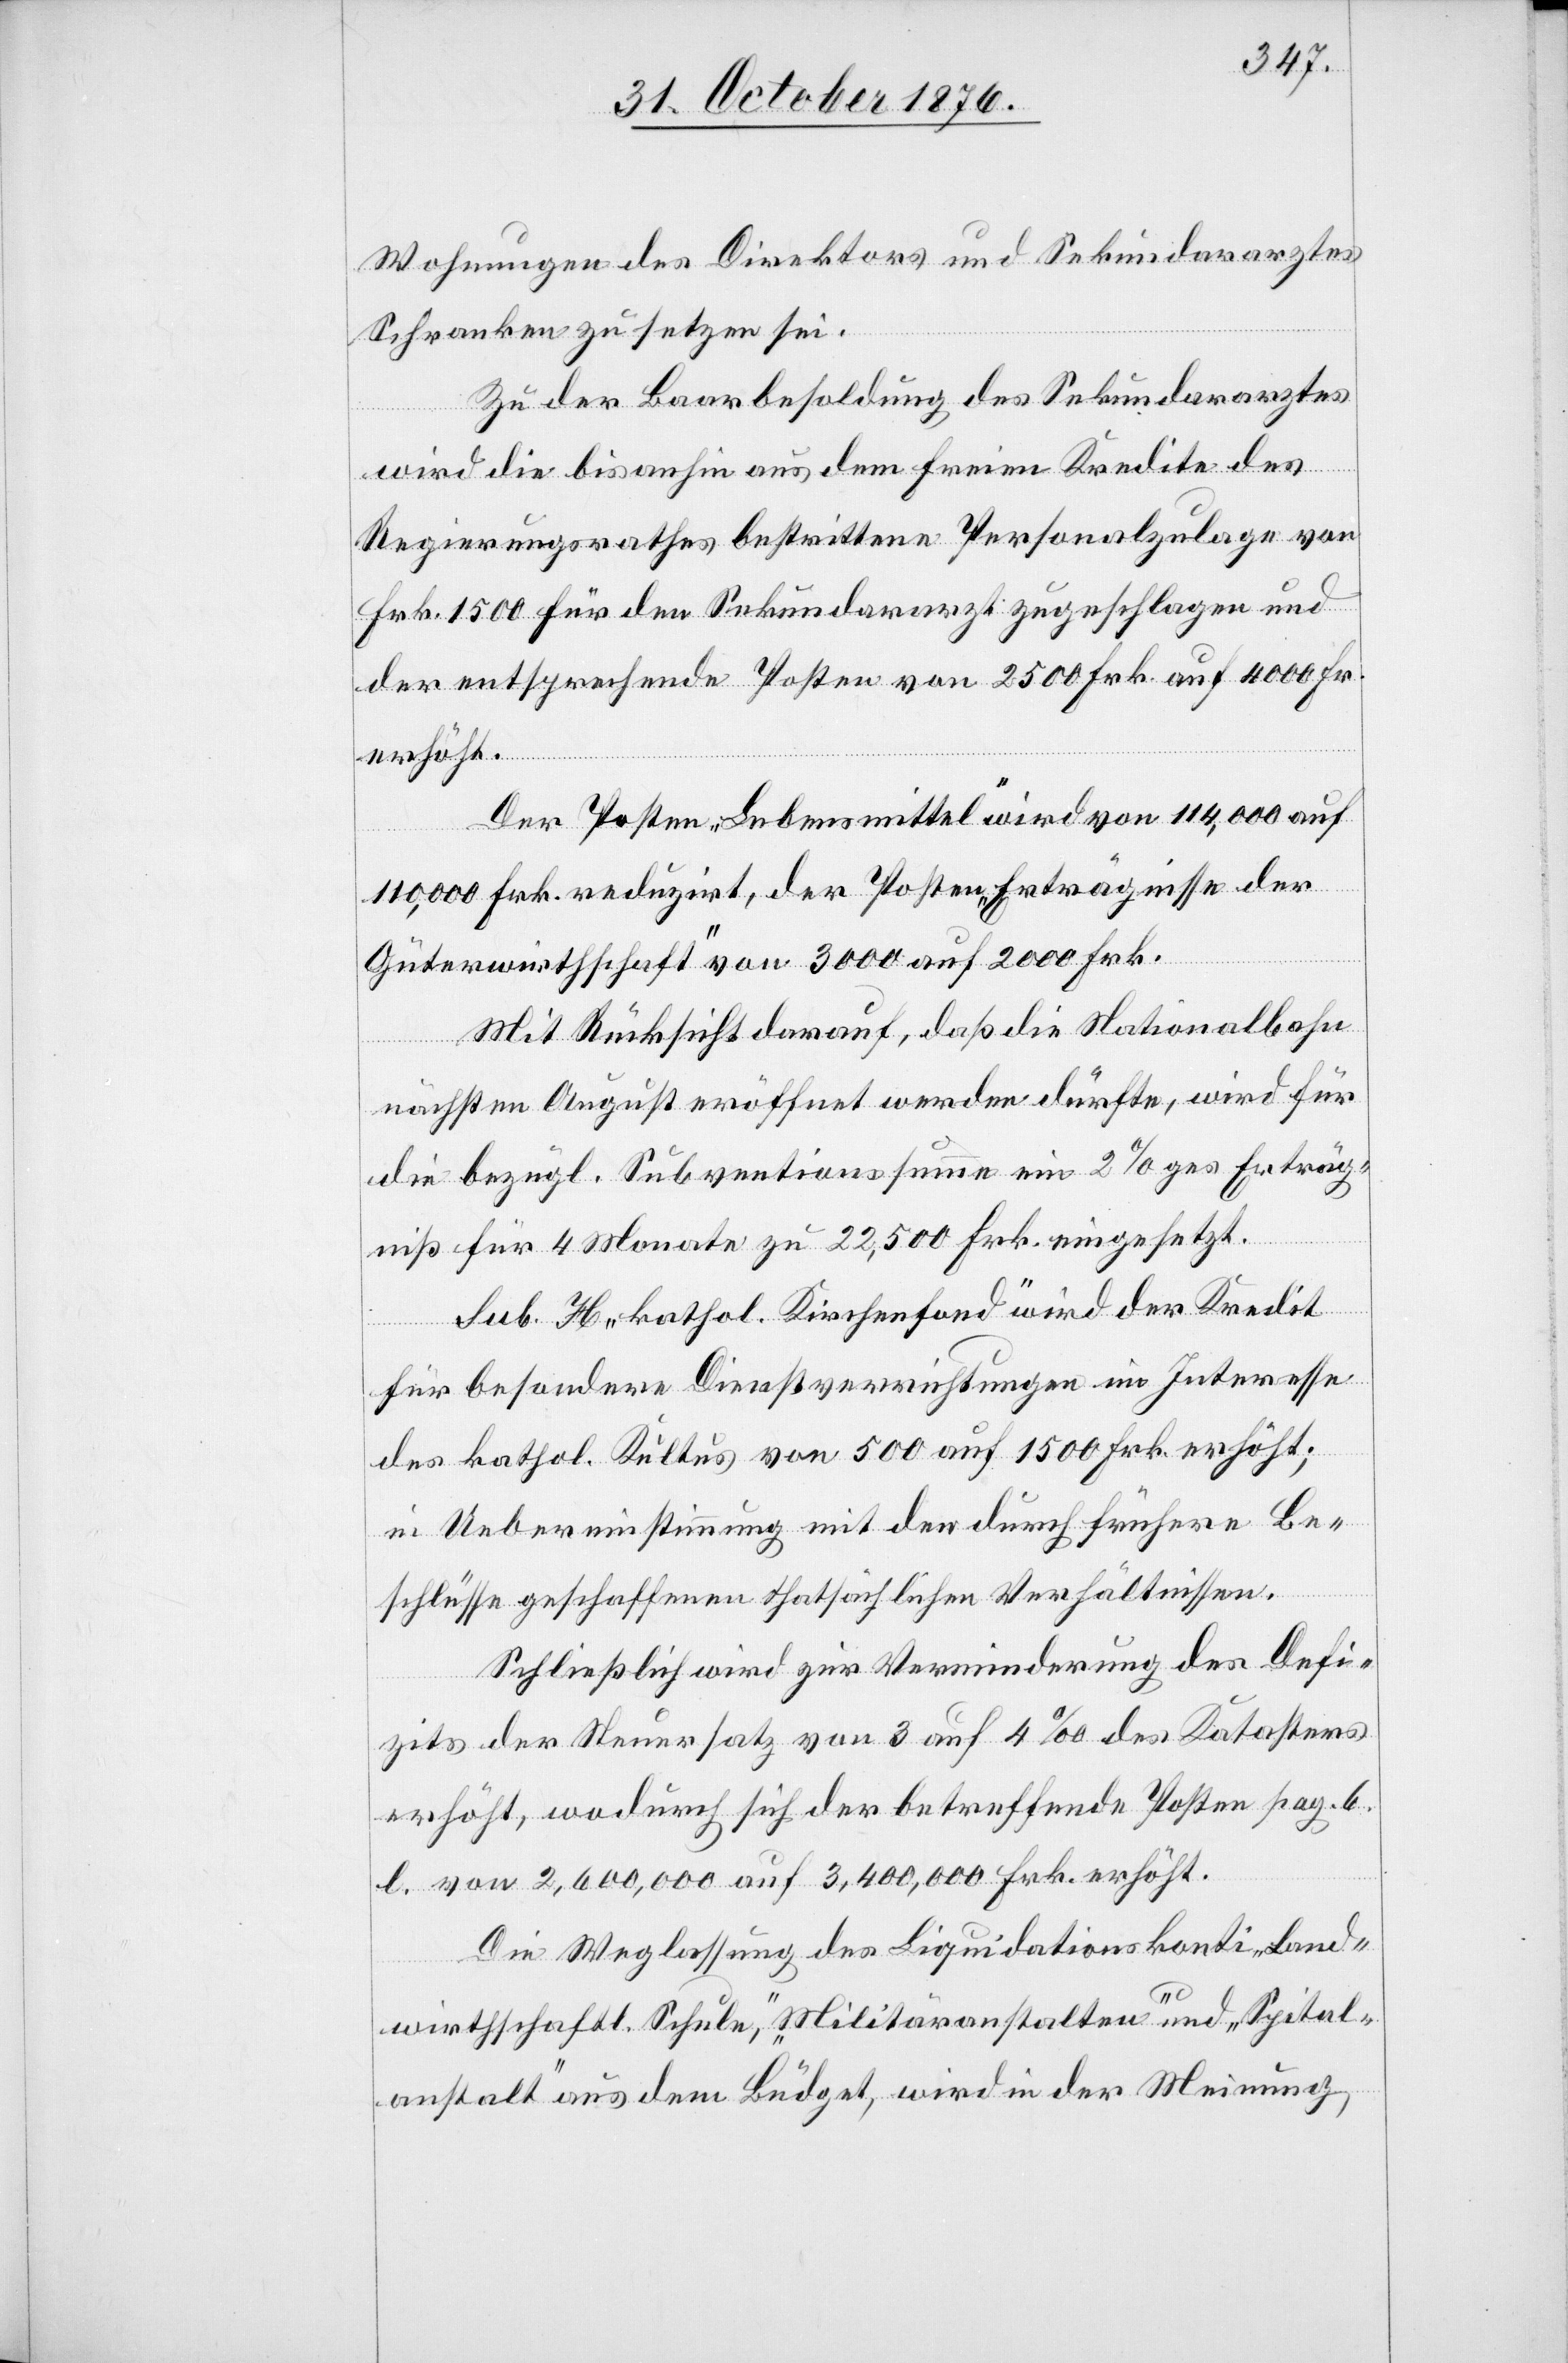
Wohnungen des Direktors und Sekundararztes
Schranken zu setzen sei.
Zu der Baarbesoldung des Sekundararztes
wird die bisanhin aus dem freien Kredite des
Regierungsrathes bestrittene Personalzulage von
Frk. 1500 für den Sekundararzt zugeschlagen und
der entsprechende Posten von 2500 Frk. auf 4000 Fr
erhöht.
Der Posten „Lebensmittel“ wird von 114,000 auf
110,000 Frk. reduzirt, der Posten „Erträgnisse der
Güterwirthschaft“ von 3000 auf 2000 Frk.
Mit Rücksicht darauf, daß die Nationalbahn
nächsten August eröffnet werden dürfte, wird für
die bezügl. Subventionssumme ein 2%ges Erträg¬
niß für 4 Monat zu 22,500 Frk. eingesetzt.
Sub. H „kathol. Kirchenfond“ wird der Kredit
für besondere Dienstverrichtungen im Interesse
des kathol. Kultus von 500 auf 1500 Frk. erhöht;
in Uebereinstimmung mit den durch frühere Be¬
schlüsse geschaffenen thatsächlichen Verhältnissen.
Schließlich wird zur Verminderung des Defi¬
zits der Steuersatz von 3 auf 4‰ des Katasters
erhöht, wodurch sich der betreffende Posten pag. 6.
b. von 2,600,000 auf 3,400,000 Frk. erhöht.
Die Weglassung des Liquidationskonti „Land¬
wirthschaftl. Schule“, „Militäranstalten“ und „Spital¬
anstalt“ aus dem Büdget, wird in der Meinung,